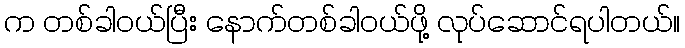
က တစ်ခါ၀ယ်ပြီး နောက်တစ်ခါ၀ယ်ဖို့ လုပ်ဆောင်ရပါတယ်။